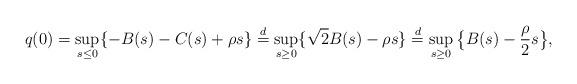
LaTeX: \begin{align*} q(0)=\sup_{s\leq0}\{-B(s)-C(s)+\rho s\}\stackrel{d}{=}\sup_{s\geq0}\{\sqrt{2}B(s)-\rho s\}\stackrel{d}{=}\sup_{s\geq0}\big\{B(s)-\frac{\rho}{2} s\big\},\end{align*}